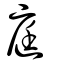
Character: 庭